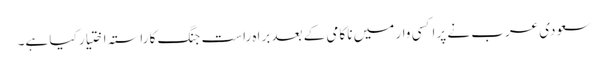
سعودی عرب نے پراکسی وار میں ناکامی کے بعد براہ راست جنگ کا راستہ اختیار کیا ہے۔